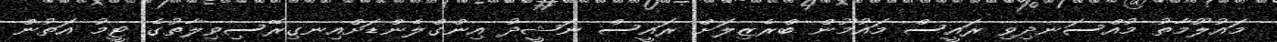
މައުލޫމާތު މުއްސަނދިވި ރައީސް މައުމޫން ބްރެޒިލަށް ރައީސް ނަޝީދު އިންގްލެންޑަށްއިނގިރޭސިވިލާތުގެ ޓީމު އަތުން